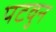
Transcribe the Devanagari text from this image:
पटवुन